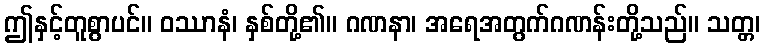
ဤနှင့်တူစွာပင်။ ဝဿာနံ၊ နှစ်တို့၏။ ဂဏနာ၊ အရေအတွက်ဂဏန်းတို့သည်။ သတ္တ၊